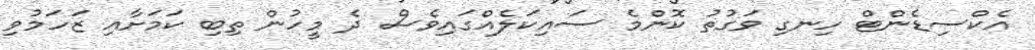
އެކްސިޑެންޓް ހިނގި ވަގުތު ކޮންމެ ސައިކަލެއްގައިވެސް ދެ މީހުން ތިބި ކަމަށާއި ޒަހަމުވި